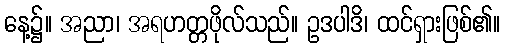
နေ့၌။ အညာ၊ အရဟတ္တဖိုလ်သည်။ ဥဒပါဒိ၊ ထင်ရှားဖြစ်၏။